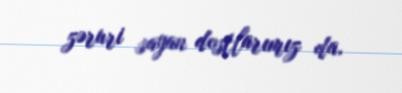
zəruri sayan dostlarımız da.